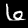
Label: 6